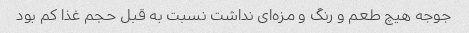
جوجه هیچ طعم و رنگ و مزه‌ای نداشت نسبت به قبل حجم غذا کم بود